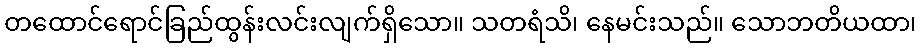
တထောင်ရောင်ခြည်ထွန်းလင်းလျက်ရှိသော။ သတရံသိ၊ နေမင်းသည်။ သောဘတိယထာ၊